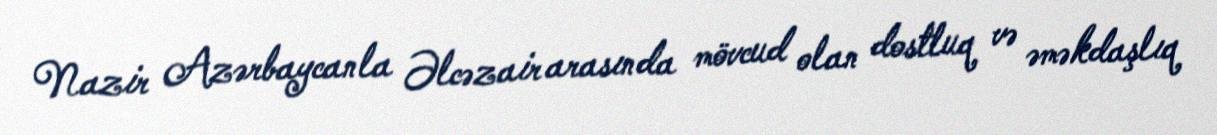
Nazir Azərbaycanla Əlcəzair arasında mövcud olan dostluq və əməkdaşlıq